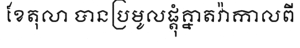
ខែតុលា បានប្រមូលផ្តុំគ្នាតវ៉ាកាលពី